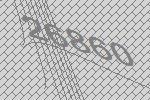
26860